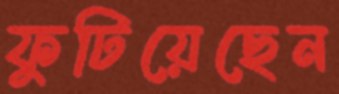
ফুটিয়েছেন